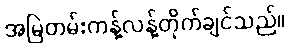
အမြဲတမ်းကန့်လန့်တိုက်ချင်သည်။